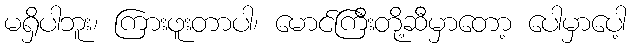
မရှိပါဘူး၊ ကြားဖူးတာပါ၊ မောင်ကြီးတို့ဆီမှာတော့ ပေါမှာပေါ့